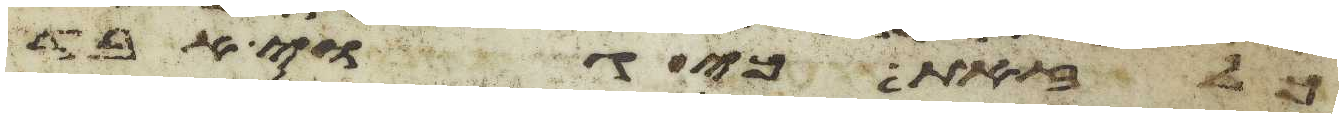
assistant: כל זאת כי גוי אבד